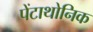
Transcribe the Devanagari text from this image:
पेंटाथोनिक